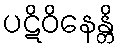
ပဋိဝိနေန္တိ